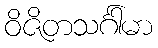
ဝိဇိတသင်္ဂါမာ